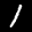
Label: 1